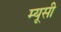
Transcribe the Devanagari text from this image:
म्यूसी